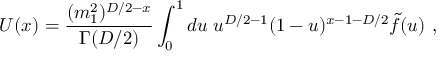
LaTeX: U ( x ) = \frac { ( m _ { 1 } ^ { 2 } ) ^ { D / 2 - x } } { \Gamma ( D / 2 ) } \int _ { 0 } ^ { 1 } d u \; u ^ { D / 2 - 1 } ( 1 - u ) ^ { x - 1 - D / 2 } \tilde { f } ( u ) \ ,